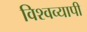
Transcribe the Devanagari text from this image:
विश्‍वव्‍यापी